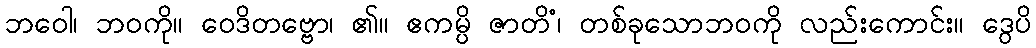
ဘဝေါ၊ ဘဝကို။ ဝေဒိတဗ္ဗော၊ ၏။ ဧကမ္ပိ ဇာတိံ၊ တစ်ခုသောဘဝကို လည်းကောင်း။ ဒွေပိ